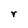
Character: r